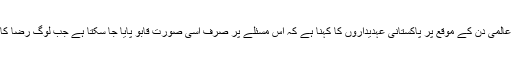
یکم دسمبر کو ایڈز کے مرض سے متعلق آگاہی کے عالمی دن کے موقع پر پاکستانی عہدیداروں کا کہنا ہے کہ اس مسئلے پر صرف اُسی صورت قابو پایا جا سکتا ہے جب لوگ رضا کارانہ طور پر اس کی تشخیص اور علاج پر آمادہ ہوں۔